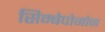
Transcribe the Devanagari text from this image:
सिम्बेपोगोन